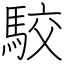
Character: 駮